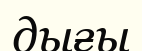
дығы